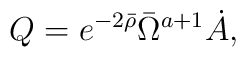
Q = e^{ -2 \bar{\rho}} \bar{\Omega}^{a+1} \dot{A} ,